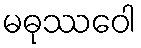
မဓုဿဝေါ